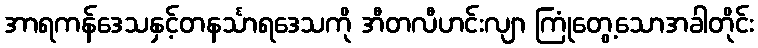
အာရကန်ဒေသနှင့်တနင်္သာရဒေသကို အီတလီဟင်းလျာ ကြုံတွေ့သောအခါတိုင်း